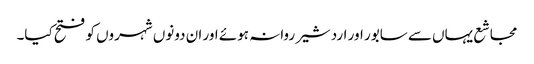
مجاشع یہاں سے سابور اور اردشیر روانہ ہوئے اور ان دونوں شہروں کو فتح کیا۔